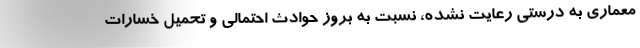
معماری به درستی رعایت نشده، نسبت به بروز حوادث احتمالی و تحمیل خسارات